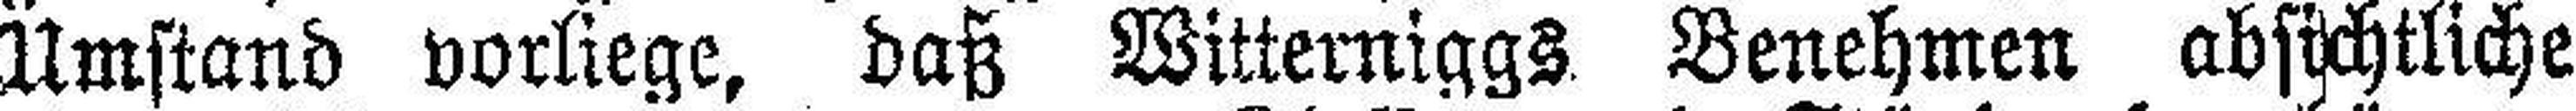
Umstand vorliege, daß Witterniggs Benehmen absichtliche